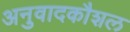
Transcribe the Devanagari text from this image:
अनुवादकौशल